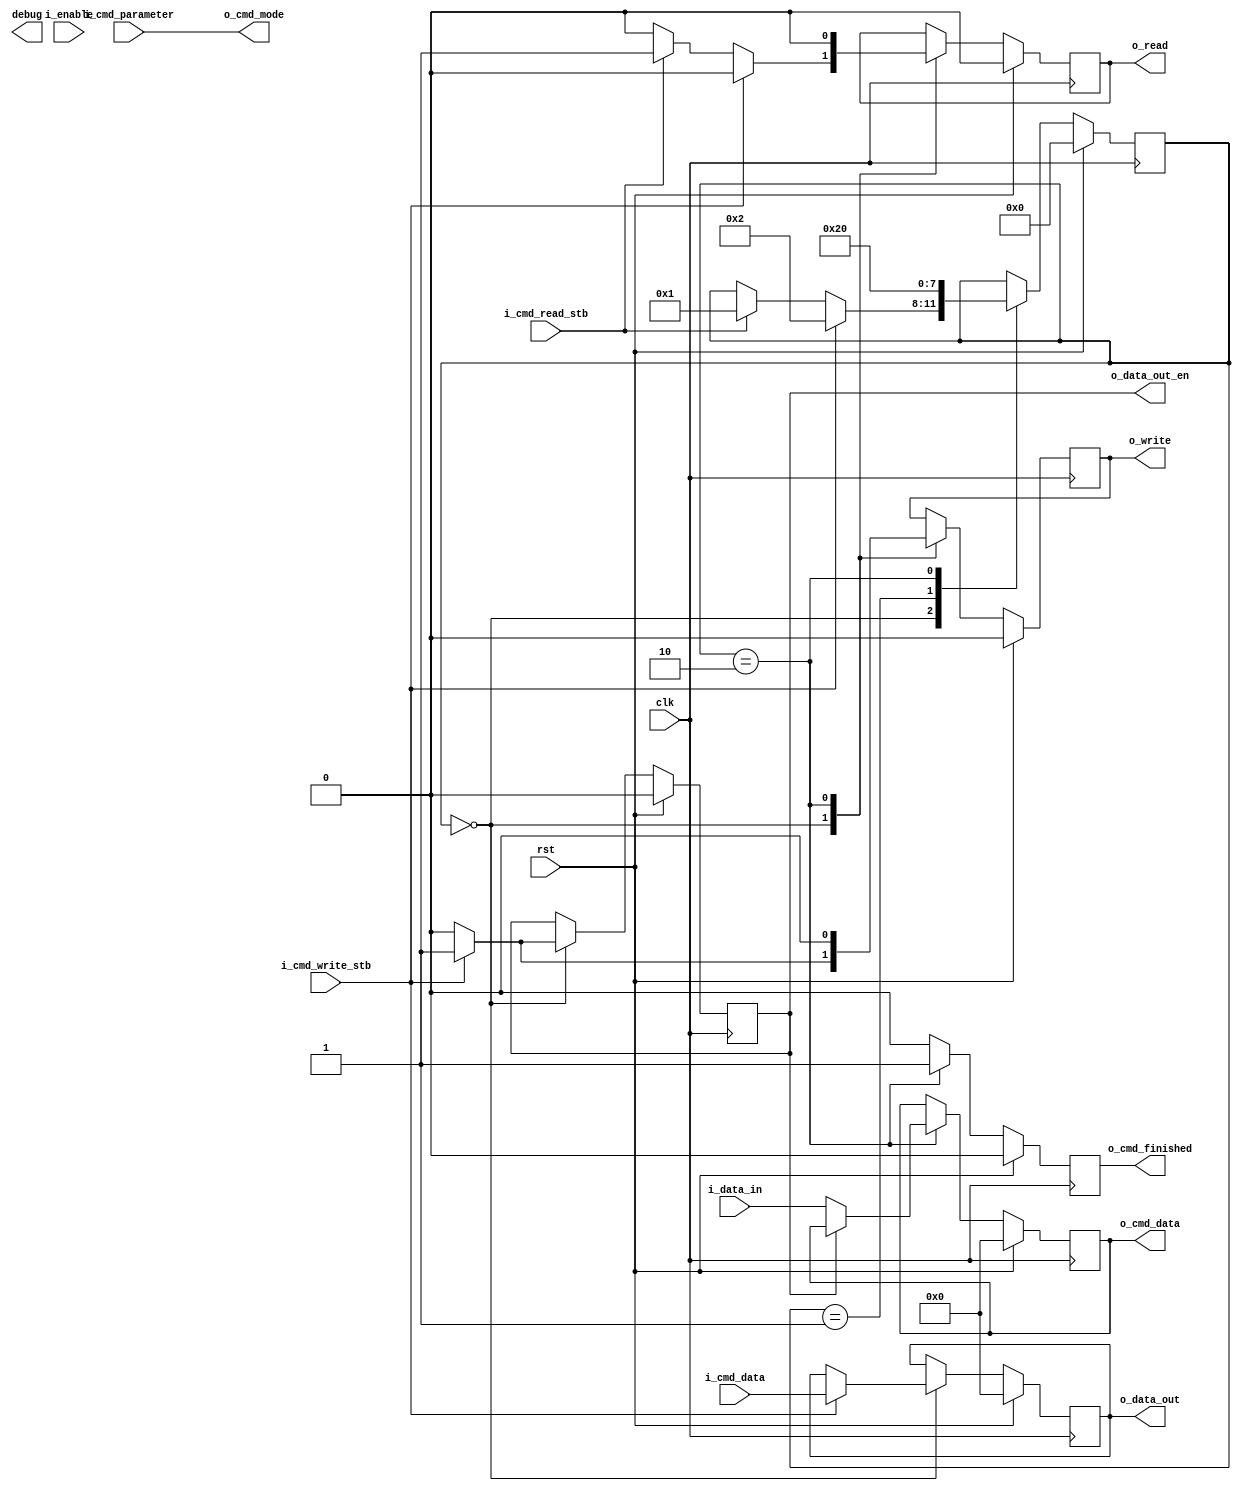
// This program was cloned from: https://github.com/CospanDesign/nysa-verilog
// License: MIT License

module nh_lcd_command (
  input               rst,
  input               clk,

  output      [31:0]  debug,

  //Control Signals
  input               i_cmd_write_stb,
  input               i_cmd_read_stb,
  input       [7:0]   i_cmd_data,
  output  reg [7:0]   o_cmd_data,
  input               i_enable,
  input               i_cmd_parameter,
  output  reg         o_cmd_finished,

  //Physical Signals
  output              o_cmd_mode,
  output  reg         o_write,
  output  reg         o_read,
  output  reg [7:0]   o_data_out,
  input       [7:0]   i_data_in,
  output  reg         o_data_out_en
);

//Local Parameters
localparam  IDLE      = 4'h0;
localparam  READ_WAIT = 4'h1;
localparam  FINISHED  = 4'h2;

//Registers/Wires
reg           [3:0]   state;
//Submodules
//Asynchronous Logic
assign  o_cmd_mode    = i_cmd_parameter;

//Synchronous Logic
always @ (posedge clk) begin
  if (rst) begin
    state                   <=  IDLE;
    o_data_out_en           <=  0;
    o_data_out              <=  0;
    o_cmd_finished          <=  0;
    o_cmd_data              <=  0;

    o_write                 <=  0;
    o_read                  <=  0;
  end
  else begin
    //Strobes
    o_cmd_finished          <=  0;

    //State Machine
    case (state)
      IDLE: begin
        o_write             <=  0;
        o_read              <=  0;

        o_data_out_en       <=  0;
        if (i_cmd_write_stb) begin
          //Change the bus to an output
          o_data_out_en     <=  1;
          //Put the data on the bus
          o_data_out        <=  i_cmd_data;
          o_write           <=  1;
          state             <=  FINISHED;
        end
        else if (i_cmd_read_stb) begin
          //Change the bus to an input
          o_data_out_en     <=  0;
          o_read            <=  1;
          state             <=  READ_WAIT;
        end
      end
      READ_WAIT: begin
        state               <=  FINISHED;
      end
      FINISHED: begin
        o_write             <=  0;
        o_read              <=  0;
        if (!o_data_out_en) begin
          //XXX: The appliction note doesn't describe how to explicitly read
          //and the protocol is different from the 8080 MCU interface
          o_cmd_data        <=  i_data_in;
        end
        o_cmd_finished      <=  1;
        state               <=  IDLE;
      end
    endcase
  end
end

endmodule